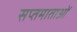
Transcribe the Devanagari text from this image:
सप्तमाताओं